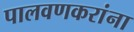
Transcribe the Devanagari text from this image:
पालवणकरांना